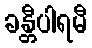
ခန္တီပါရမီ